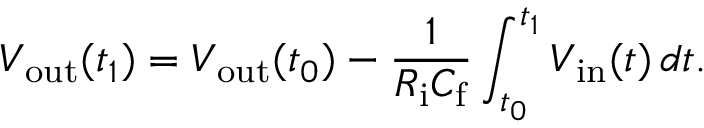
V _ { \mathrm { o u t } } ( t _ { 1 } ) = V _ { \mathrm { o u t } } ( t _ { 0 } ) - { \frac { 1 } { R _ { \mathrm { i } } C _ { \mathrm { f } } } } \int _ { t _ { 0 } } ^ { t _ { 1 } } V _ { \mathrm { i n } } ( t ) \, d t .